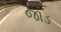
જાડ